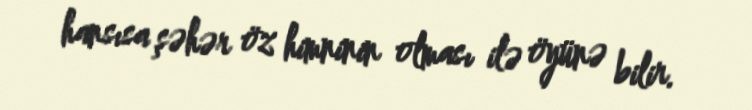
hansısa şəhər öz himninin olması ilə öyünə bilir.